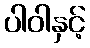
ပါဝါနှင့်